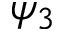
\psi _ { 3 }